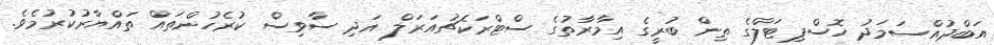
އަބްދުއްސަމަދު ހޮސްޕިޓަލްގެ ތިން ބުރީގެ އިމާރާތުގެ ސްޓްރަކެޗުއަރަލް އަދި ސާވިސް ކުރެހުންތައް ތައްޔާރުކުރުމެވެ.